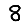
Digit: 8